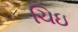
ચિઇ